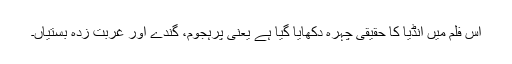
اس فلم میں انڈیا کا حقیقی چہرہ دکھایا گیا ہے یعنی پرہجوم، گندے اور غربت زدہ بستیاں۔